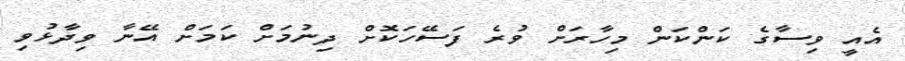
އެއީ ވިސާގެ ކަންކަން މިހާރަށް ވުރެ ފަސޭހަކޮށް ދިނުމަށް ކަމަށް އޭނާ ވިދާޅުވި